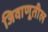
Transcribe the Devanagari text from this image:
जिवाणूतील